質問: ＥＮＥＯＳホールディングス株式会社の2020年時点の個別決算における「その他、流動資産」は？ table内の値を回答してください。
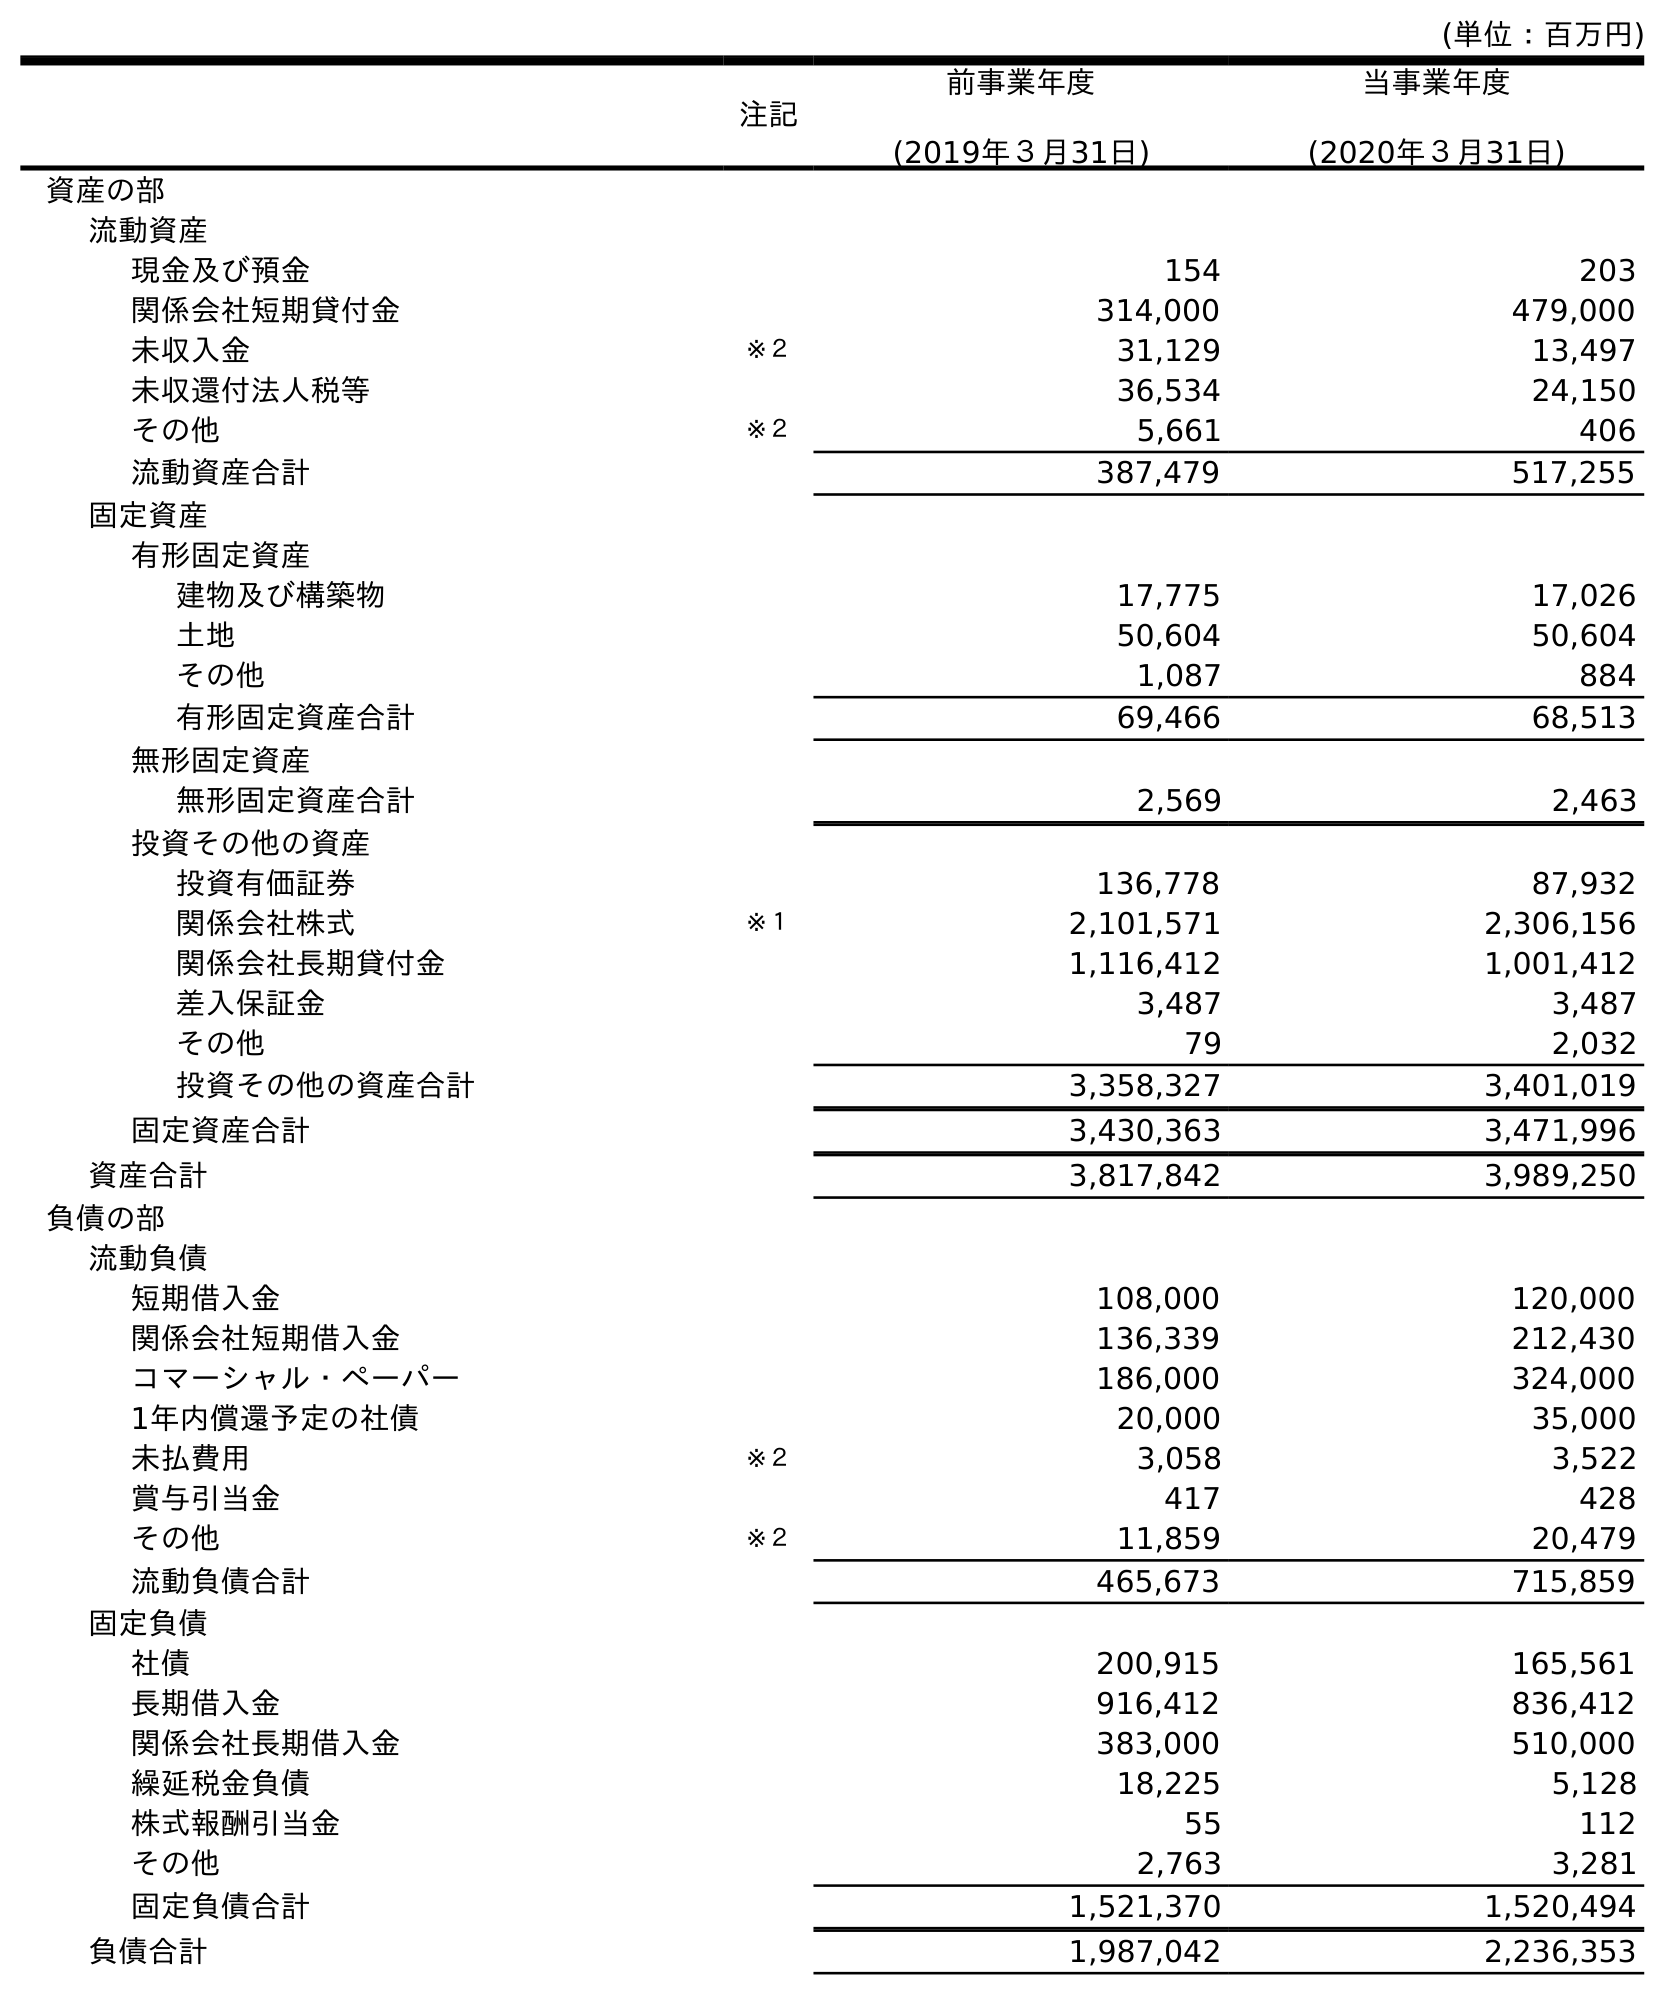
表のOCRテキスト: (単位：百万円) 注記 前事業年度 (2019年３月31日) 当事業年度 (2020年３月31日) 資産の部 流動資産 現金及び預金 154 203 関係会社短期貸付金 314,000 479,000 未収入金 ※２ 31,129 13,497 未収還付法人税等 36,534 24,150 その他 ※２ 5,661 406 流動資産合計 387,479 517,255 固定資産 有形固定資産 建物及び構築物 17,775 17,026 土地 50,604 50,604 その他 1,087 884 有形固定資産合計 69,466 68,513 無形固定資産 無形固定資産合計 2,569 2,463 投資その他の資産 投資有価証券 136,778 87,932 関係会社株式 ※１ 2,101,571 2,306,156 関係会社長期貸付金 1,116,412 1,001,412 差入保証金 3,487 3,487 その他 79 2,032 投資その他の資産合計 3,358,327 3,401,019 固定資産合計 3,430,363 3,471,996 資産合計 3,817,842 3,989,250 負債の部 流動負債 短期借入金 108,000 120,000 関係会社短期借入金 136,339 212,430 コマーシャル・ペーパー 186,000 324,000 1年内償還予定の社債 20,000 35,000 未払費用 ※２ 3,058 3,522 賞与引当金 417 428 その他 ※２ 11,859 20,479 流動負債合計 465,673 715,859 固定負債 社債 200,915 165,561 長期借入金 916,412 836,412 関係会社長期借入金 383,000 510,000 繰延税金負債 18,225 5,128 株式報酬引当金 55 112 その他 2,763 3,281 固定負債合計 1,521,370 1,520,494 負債合計 1,987,042 2,236,353
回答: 406